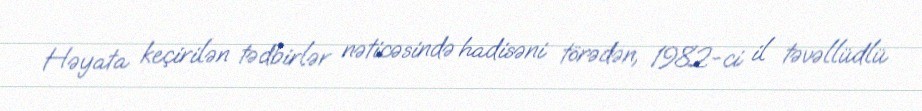
Həyata keçirilən tədbirlər nəticəsində hadisəni törədən, 1982-ci il təvəllüdlü